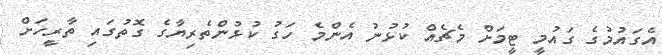
އެގައުމުގެ ގައުމީ ޓީމަށް މެޗެއް ކުޅުނު އެންމެ ހަގު ކުޅުންތެރިޔާގެ ގޮތުގައި ތާރީހަށް